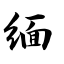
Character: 缅